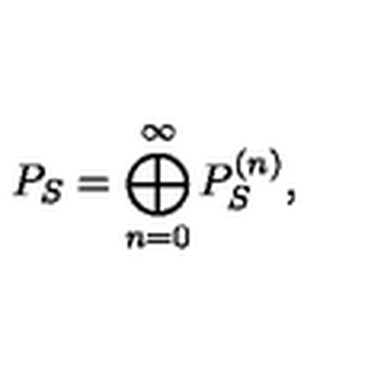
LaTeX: P _ { S } = \bigoplus _ { n = 0 } ^ { \infty } P _ { S } ^ { ( n ) } ,